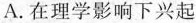
A.在理学影响下兴起